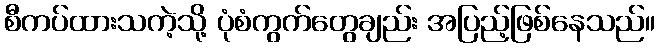
စီကပ်ထားသကဲ့သို့ ပုံစံကွက်တွေချည်း အပြည့်ဖြစ်နေသည်။